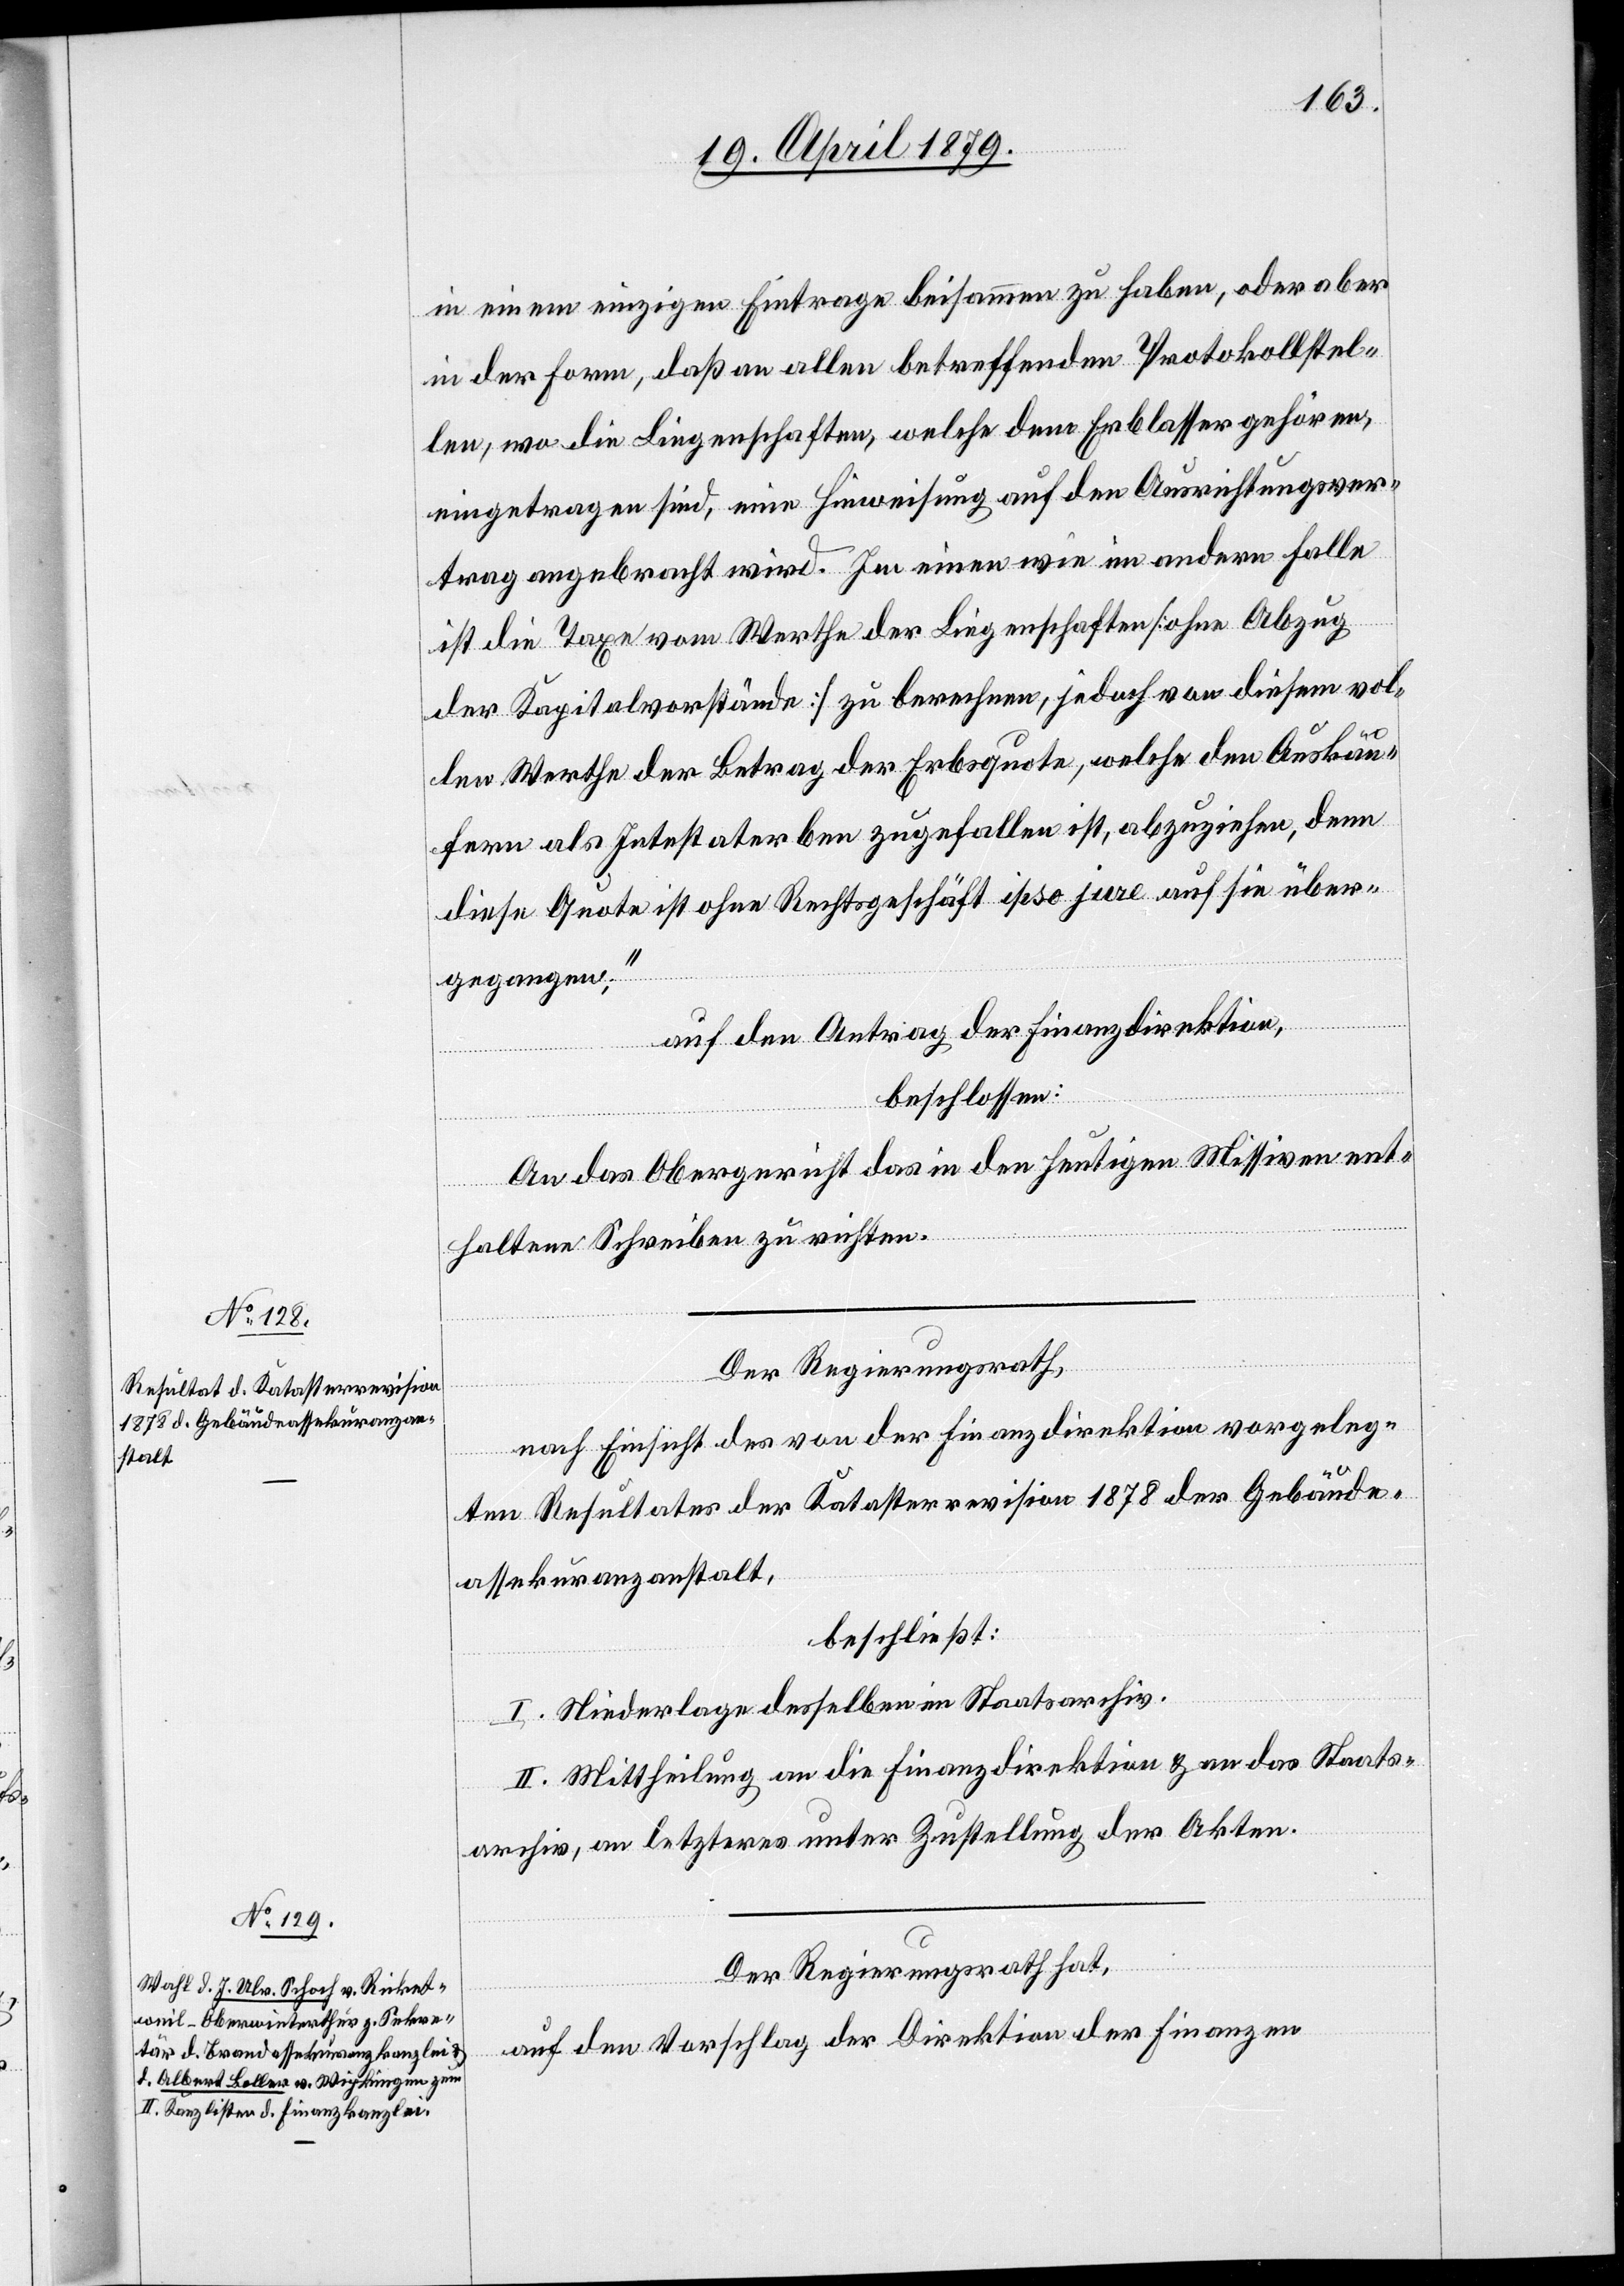
in einem einzigen Eintrage beisammen zu haben, oder aber
in der Form, daß an allen betreffenden Protokollstel¬
len, wo die Liegenschaften, welche dem Erblasser gehören,
eingetragen sind, eine Hinweisung auf den Ausrichtungsver¬
trag angebracht wird. Im einen wie im andern Falle
ist die Taxe vom Werthe der Liegenschaften [ohne Abzug
der Kapitalvorstände] zu berechnen, jedoch von diesem vol¬
len Werthe der Betrag der Erbsquote, welche den Auskäu¬
fern als Intestaterben zugefallen ist, abzuziehen, denn
diese Quote ist ohne Rechtsgeschäft ipso jure auf sie über¬
gegangen.“
auf den Antrag der Finanzdirektion,
beschlossen:
An das Obergericht das in den heutigen Missiven ent¬
haltene Schreiben zu richten.
Der Regierungsrath,
nach Einsicht des von der Finanzdirektion vorgeleg¬
ten Resultates der Katasterrevision 1878 der Gebäude¬
assekuranzanstalt,
beschließt:
I. Niederlage desselben im Staatsarchiv.
II. Mittheilung an die Finanzdirektion & an das Staats¬
archiv, an letzteres unter Zustellung der Akten.
Der Regierungsrath hat,
auf den Vorschlag der Direktion der Finanzen